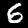
Label: 6